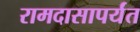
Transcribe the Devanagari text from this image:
रामदासापर्यंत